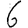
Digit: 6